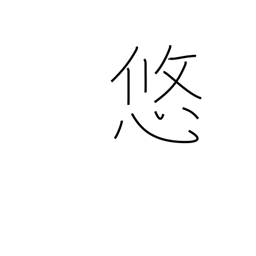
Meaning: permanence